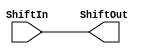
module shift2 (ShiftIn, ShiftOut);

	input [31:0] ShiftIn;
	output reg [31:0] ShiftOut;
	
	always @(ShiftIn) begin
		ShiftOut = ShiftIn << 0;
	end 
	
endmodule